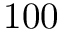
1 0 0